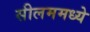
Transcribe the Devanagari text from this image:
सीलममध्ये